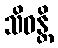
သိဝန္တိ